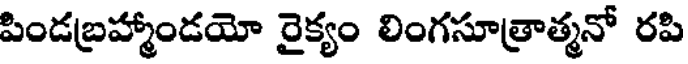
పిండబ్రహ్మాండయో రైక్యం లింగసూత్రాత్మనో రపి